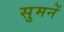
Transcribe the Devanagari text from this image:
सुमनें